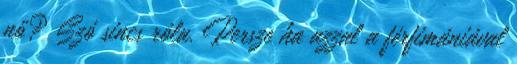
nő? Szó sincs róla. Persze ha azzal a férfimániával